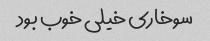
سوخاری خیلی خوب بود